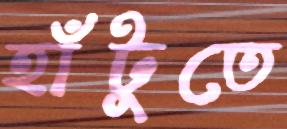
হাঁটুতে